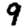
Digit: 9